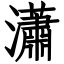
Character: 瀟